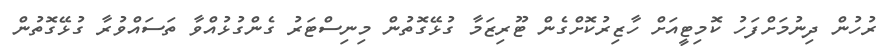
ރުހުން ދިނުމަށްފަހު ކޮމިޓީއަށް ހާޒިރުކޮށްގެން ޓޫރިޒަމާ ގުޅޭގޮތުން މިނިސްޓަރު ގެންގުޅުއްވާ ތަސައްވުރާ ގުޅޭގޮތުން